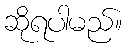
ဆိုရပါမည်။